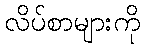
လိပ်စာများကို